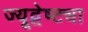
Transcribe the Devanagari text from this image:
ज्यूद्वेष्ट्या